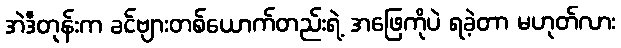
အဲဒီတုန်းက ခင်ဗျားတစ်ယောက်တည်းရဲ့ အဖြေကိုပဲ ရခဲ့တာ မဟုတ်လား